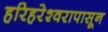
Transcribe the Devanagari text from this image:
हरिहरेश्वरापासून